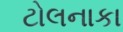
ટોલનાકા